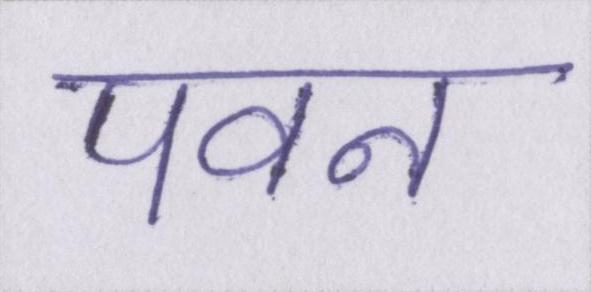
पवन